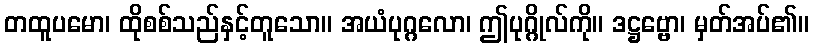
တထူပမော၊ ထိုစစ်သည်နှင့်တူသော။ အယံပုဂ္ဂလော၊ ဤပုဂ္ဂိုလ်ကို။ ဒဋ္ဌဗ္ဗော၊ မှတ်အပ်၏။